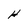
Character: H